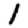
Digit: 1